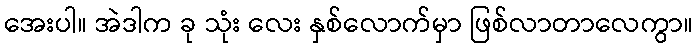
အေးပါ။ အဲဒါက ခု သုံး လေး နှစ်လောက်မှာ ဖြစ်လာတာလေကွာ။